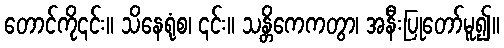
တောင်ကို၎င်း။ သိနေရုံစ၊ ၎င်း။ သန္တိကေကတွာ၊ အနီးပြုတော်မူ၍။